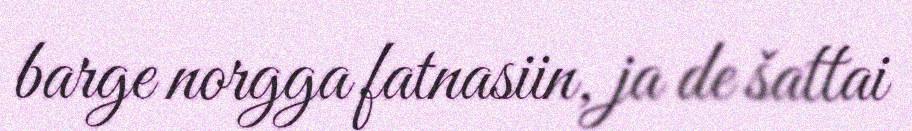
barge norgga fatnasiin, ja de šattai